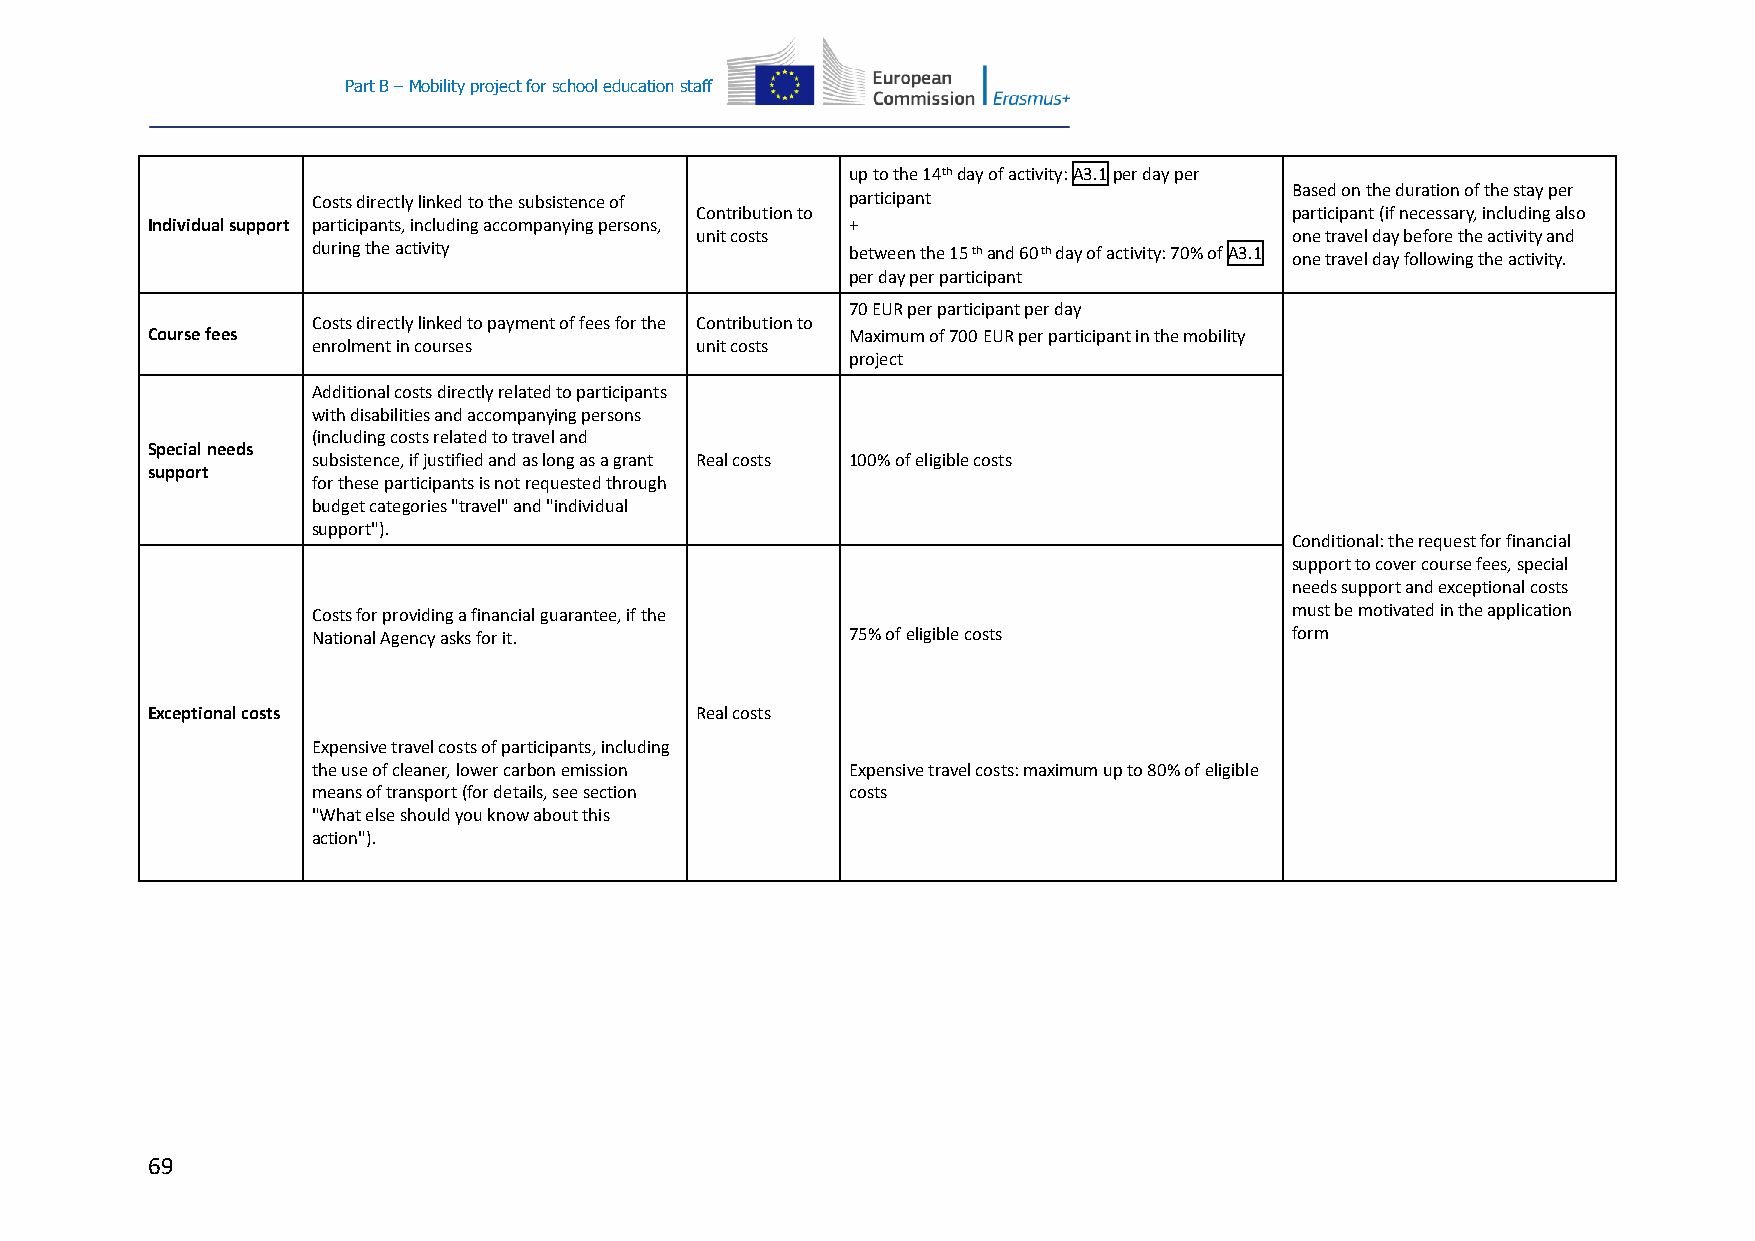
Part B – Mobility project for school education staff
 up to the 14th day of activity: A3.1 per day per
 Based on the duration of the stay per
 Costs directly linked to the subsistence of participant
 Contribution to                        participant (if necessary, including also
 Individual support participants, including accompanying persons, +
 unit costs                             one travel day before the activity and
 during the activity                between the 15 th and 60 th day of activity: 70% of A3.1 one travel day following the activity.
 per day per participant
 70 EUR per participant per day
 Costs directly linked to payment of fees for the Contribution to
 Course fees                                   Maximum of 700 EUR per participant in the mobility
 enrolment in courses     unit costs
 project
 Additional costs directly related to participants
 with disabilities and accompanying persons
 (including costs related to travel and
 Special needs
 subsistence, if justified and as long as a grant Real costs 100% of eligible costs
 support
 for these participants is not requested through
 budget categories "travel" and "individual
 support").
 Conditional: the request for financial
 support to cover course fees, special
 needs support and exceptional costs
 Costs for providing a financial guarantee, if the               must be motivated in the application
 National Agency asks for it.       75% of eligible costs        form
 Exceptional costs                   Real costs
 Expensive travel costs of participants, including
 the use of cleaner, lower carbon emission Expensive travel costs: maximum up to 80% of eligible
 means of transport (for details, see section costs
 "What else should you know about this
 action").
 69